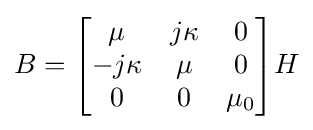
B={\begin{bmatrix}\mu &j\kappa &0\\-j\kappa &\mu &0\\0&0&\mu _{0}\end{bmatrix}}H